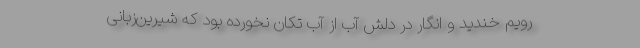
رویم خندید و انگار در دلش آب از آب تکان نخورده بود که شیرین‌زبانی